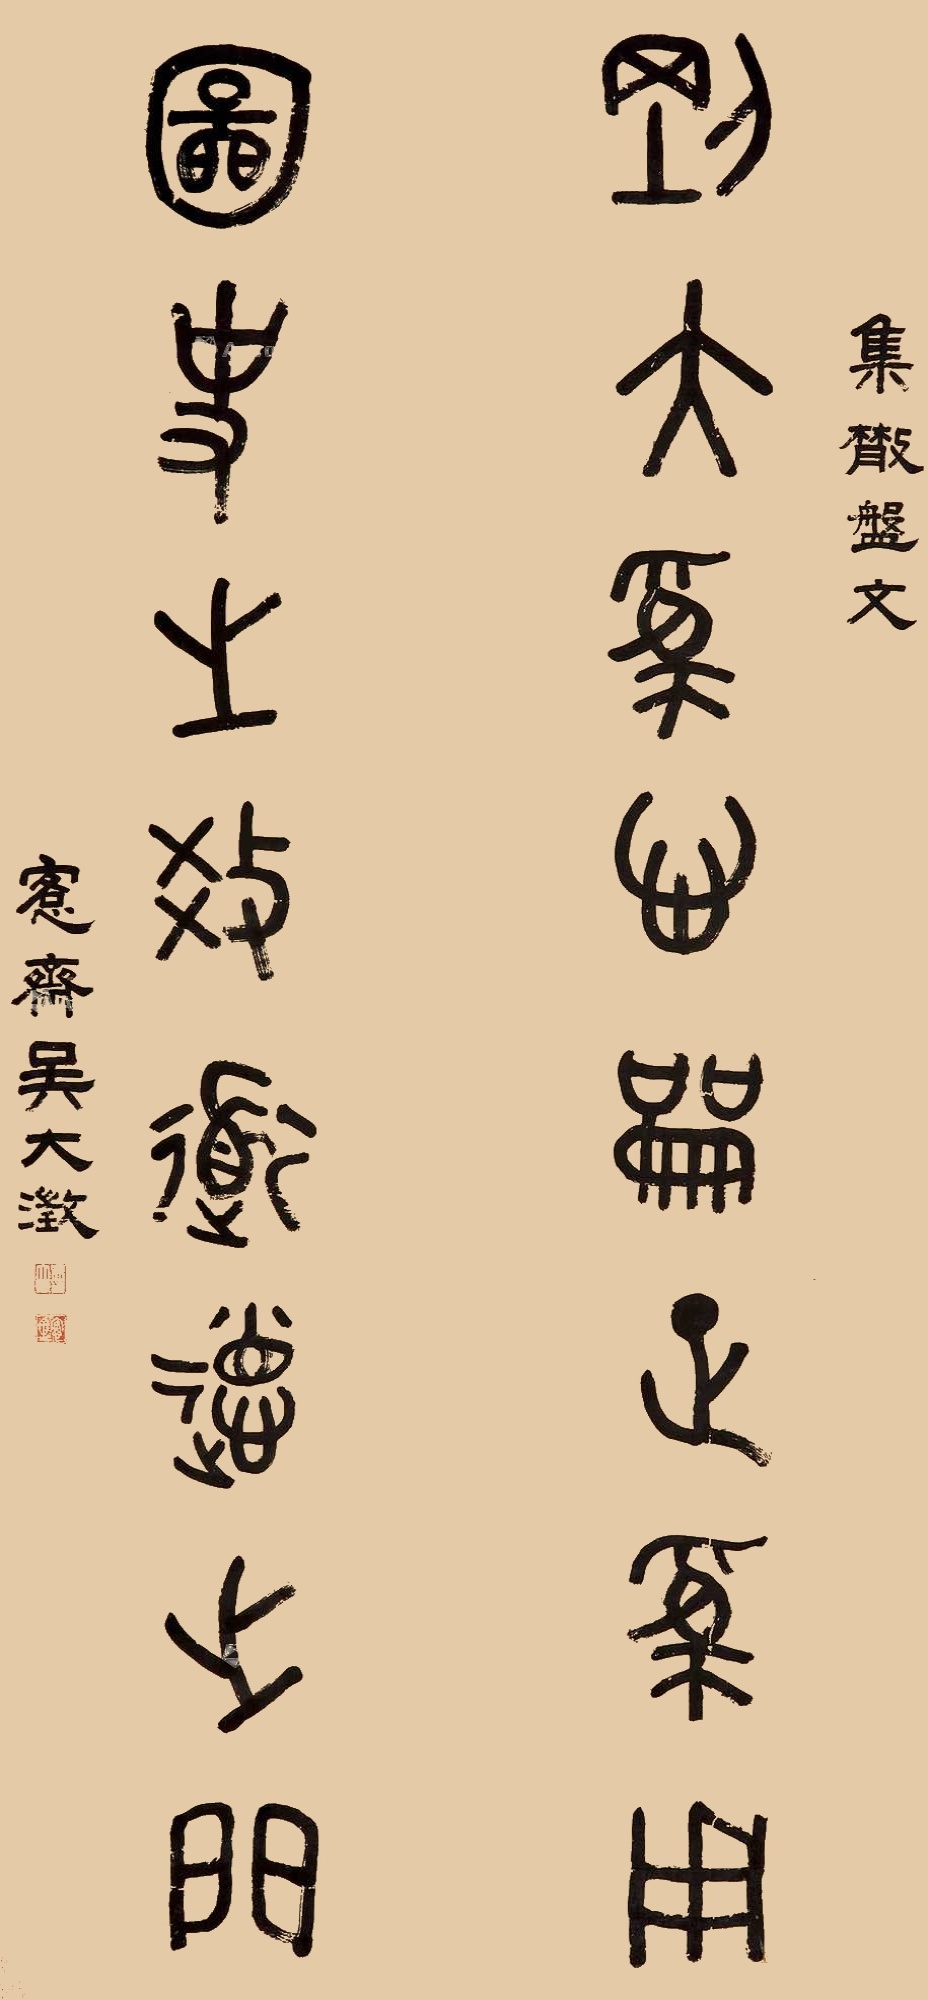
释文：刚大为心龠正为用，图史之教道德之门。集散盘文，愙斋吴大澂。